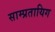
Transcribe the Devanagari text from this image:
साम्प्रतायिग